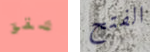
شقق الفتح